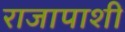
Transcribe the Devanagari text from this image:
राजापाशी